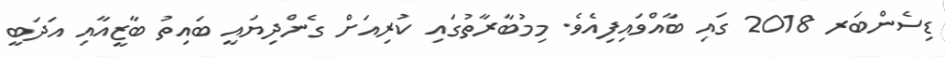
ޑިސެންބަރ 2018 ގައި ބާއްވައިފިއެވެ. މިމުބާރާތުގައި ކުރިއަށް ގެންދިޔައީ ބައިތު ބާޒީއާއި އަދަބީ